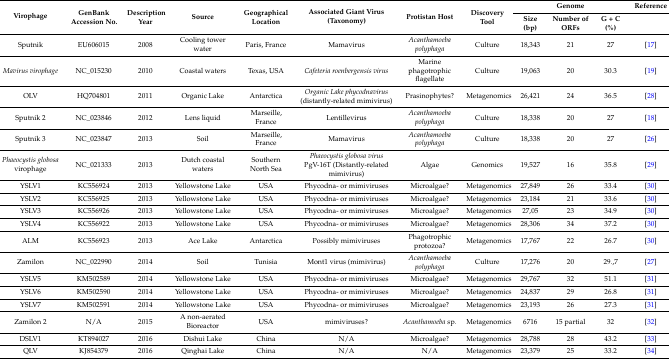
<table><thead><tr><td rowspan="2"><b>Virophage</b></td><td rowspan="2"><b>GenBank Accession No.</b></td><td rowspan="2"><b>Description Year</b></td><td rowspan="2"><b>Source</b></td><td rowspan="2"><b>Geographical Location</b></td><td rowspan="2"><b>Associated Giant Virus (Taxonomy)</b></td><td rowspan="2"><b>Protistan Host</b></td><td rowspan="2"><b>Discovery Tool</b></td><td></td><td><b>Genome</b></td><td></td><td><b>Reference</b></td></tr><tr><td><b>Size (bp)</b></td><td><b>Number of ORFs</b></td><td><b>G + C (%)</b></td><td></td></tr></thead><tbody><tr><td>Sputnik</td><td>EU606015</td><td>2008</td><td>Cooling tower water</td><td>Paris, France</td><td>Mamavirus</td><td><i>Acanthamoeba polyphaga</i></td><td>Culture</td><td>18,343</td><td>21</td><td>27</td><td>[17]</td></tr><tr><td><i>Mavirus virophage</i></td><td>NC_015230</td><td>2010</td><td>Coastal waters</td><td>Texas, USA</td><td><i>Cafeteria roenbergensis virus</i></td><td>Marine phagotrophic flagellate</td><td>Culture</td><td>19,063</td><td>20</td><td>30.3</td><td>[19]</td></tr><tr><td>OLV</td><td>HQ704801</td><td>2011</td><td>Organic Lake</td><td>Antarctica</td><td><i>Organic Lake phycodnavirus</i> (distantly-related mimivirus)</td><td>Prasinophytes?</td><td>Metagenomics</td><td>26,421</td><td>24</td><td>36.5</td><td>[28]</td></tr><tr><td>Sputnik 2</td><td>NC_023846</td><td>2012</td><td>Lens liquid</td><td>Marseille, France</td><td>Lentillevirus</td><td><i>Acanthamoeba polyphaga</i></td><td>Culture</td><td>18,338</td><td>20</td><td>27</td><td>[18]</td></tr><tr><td>Sputnik 3</td><td>NC_023847</td><td>2013</td><td>Soil</td><td>Marseille, France</td><td>Mamavirus</td><td><i>Acanthamoeba polyphaga</i></td><td>Culture</td><td>18,338</td><td>20</td><td>27</td><td>[26]</td></tr><tr><td><i>Phaeocystis globosa</i> virophage</td><td>NC_021333</td><td>2013</td><td>Dutch coastal waters</td><td>Southern North Sea</td><td><i>Phaeocystis globosa virus</i> PgV-16T (Distantly-related mimivirus)</td><td>Algae</td><td>Genomics</td><td>19,527</td><td>16</td><td>35.8</td><td>[29]</td></tr><tr><td>YSLV1</td><td>KC556924</td><td>2013</td><td>Yellowstone Lake</td><td>USA</td><td>Phycodna- or mimiviruses</td><td>Microalgae?</td><td>Metagenomics</td><td>27,849</td><td>26</td><td>33.4</td><td>[30]</td></tr><tr><td>YSLV2</td><td>KC556925</td><td>2013</td><td>Yellowstone Lake</td><td>USA</td><td>Phycodna- or mimiviruses</td><td>Microalgae?</td><td>Metagenomics</td><td>23,184</td><td>21</td><td>33.6</td><td>[30]</td></tr><tr><td>YSLV3</td><td>KC556926</td><td>2013</td><td>Yellowstone Lake</td><td>USA</td><td>Phycodna- or mimiviruses</td><td>Microalgae?</td><td>Metagenomics</td><td>27,05</td><td>23</td><td>34.9</td><td>[30]</td></tr><tr><td>YSLV4</td><td>KC556922</td><td>2013</td><td>Yellowstone Lake</td><td>USA</td><td>Phycodna- or mimiviruses</td><td>Microalgae?</td><td>Metagenomics</td><td>28,306</td><td>34</td><td>37.2</td><td>[30]</td></tr><tr><td>ALM</td><td>KC556923</td><td>2013</td><td>Ace Lake</td><td>Antarctica</td><td>Possibly mimiviruses</td><td>Phagotrophic protozoa?</td><td>Metagenomics</td><td>17,767</td><td>22</td><td>26.7</td><td>[30]</td></tr><tr><td>Zamilon</td><td>NC_022990</td><td>2014</td><td>Soil</td><td>Tunisia</td><td>Mont1 virus (mimivirus)</td><td><i>Acanthamoeba polyphaga</i></td><td>Culture</td><td>17,276</td><td>20</td><td>29.,7</td><td>[27]</td></tr><tr><td>YSLV5</td><td>KM502589</td><td>2014</td><td>Yellowstone Lake</td><td>USA</td><td>Phycodna- or mimiviruses</td><td>Microalgae?</td><td>Metagenomics</td><td>29,767</td><td>32</td><td>51.1</td><td>[31]</td></tr><tr><td>YSLV6</td><td>KM502590</td><td>2014</td><td>Yellowstone Lake</td><td>USA</td><td>Phycodna- or mimiviruses</td><td>Microalgae?</td><td>Metagenomics</td><td>24,837</td><td>29</td><td>26.8</td><td>[31]</td></tr><tr><td>YSLV7</td><td>KM502591</td><td>2014</td><td>Yellowstone Lake</td><td>USA</td><td>Phycodna- or mimiviruses</td><td>Microalgae?</td><td>Metagenomics</td><td>23,193</td><td>26</td><td>27.3</td><td>[31]</td></tr><tr><td>Zamilon 2</td><td>N/A</td><td>2015</td><td>A non-aerated Bioreactor</td><td>USA</td><td>mimiviruses?</td><td><i>Acanthamoeba</i> sp.</td><td>Metagenomics</td><td>6716</td><td>15 partial</td><td>32</td><td>[32]</td></tr><tr><td>DSLV1</td><td>KT894027</td><td>2016</td><td>Dishui Lake</td><td>China</td><td>N/A</td><td>Microalgae?</td><td>Metagenomics</td><td>28,788</td><td>28</td><td>43.2</td><td>[33]</td></tr><tr><td>QLV</td><td>KJ854379</td><td>2016</td><td>Qinghai Lake </td><td>China</td><td>N/A</td><td>N/A</td><td>Metagenomics</td><td>23,379</td><td>25</td><td>33.2</td><td>[34]</td></tr></tbody></table>